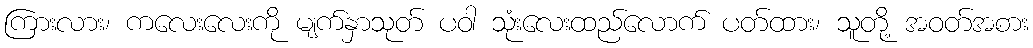
ကြားလား၊ ကလေးလေးကို မျက်နှာသုတ် ပဝါ သုံးလေးထည်လောက် ပတ်ထား၊ သူတို့ အဝတ်အစား